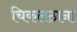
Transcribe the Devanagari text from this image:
चिकलठाना